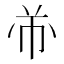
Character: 𱜣